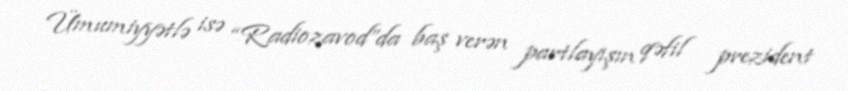
Ümumiyyətlə isə “Radiozavod”da baş verən partlayışın qəfil prezident